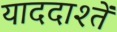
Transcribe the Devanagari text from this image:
याददाश्तें